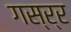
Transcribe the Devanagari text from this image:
गस्र्र